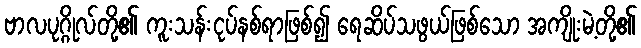
ဗာလပုဂ္ဂိုလ်တို့၏ ကူးသန်းငုပ်နစ်ရာဖြစ်၍ ရေဆိပ်သဖွယ်ဖြစ်သော အကျိုးမဲ့တို့၏